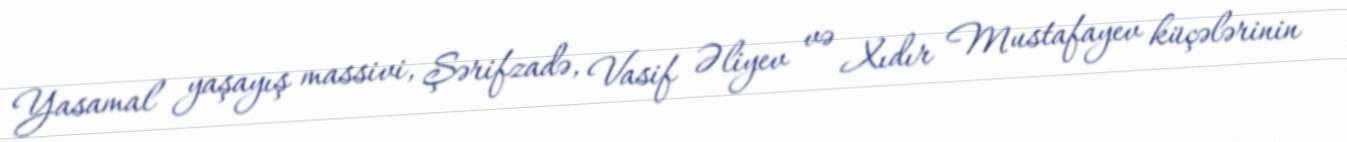
Yasamal yaşayış massivi, Şərifzadə, Vasif Əliyev və Xıdır Mustafayev küçələrinin